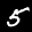
Label: 5